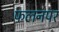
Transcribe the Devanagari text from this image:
फलनपर